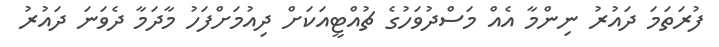
ފުރަތަމަ ދައުރު ނިންމާ އެއް މަސްދުވަހުގެ ޗުއްޓީއަކަށް ދިއުމަށްފަހު މާދަމާ ދެވަނަ ދައުރު